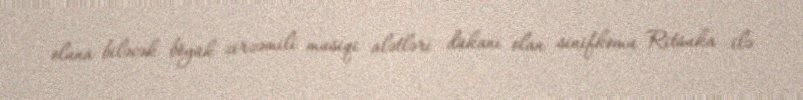
oluna biləcək böyük zirzəmili musiqi alətləri dükanı olan sinifkomu Ritsuka ilə